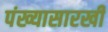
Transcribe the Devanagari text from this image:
पंख्यासारखी